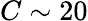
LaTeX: C\sim 20